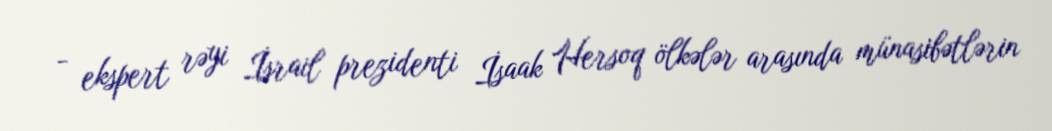
- ekspert rəyi İsrail prezidenti İsaak Hersoq ölkələr arasında münasibətlərin